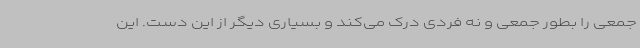
جمعی را بطور جمعی و نه فردی درک می‌کند و بسیاری دیگر از این دست. این